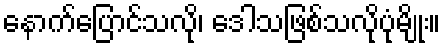
နောက်ပြောင်သလို၊ ဒေါသဖြစ်သလိုပုံမျိုး။